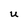
Character: U